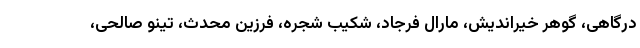
درگاهی، گوهر خیراندیش، مارال فرجاد، شکیب شجره، فرزین محدث، تینو صالحی،